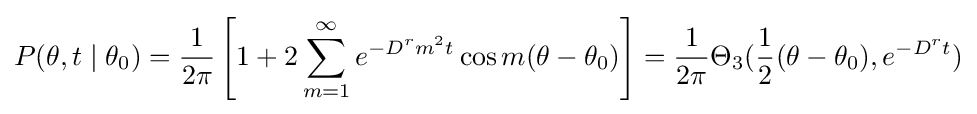
P(\theta ,t\mid \theta _{0})={\frac {1}{2\pi }}\left[1+2\sum _{m=1}^{\infty }e^{-D^{r}m^{2}t}\cos m(\theta -\theta _{0})\right]={\frac {1}{2\pi }}\Theta _{3}({\frac {1}{2}}(\theta -\theta _{0}),e^{-D^{r}t})